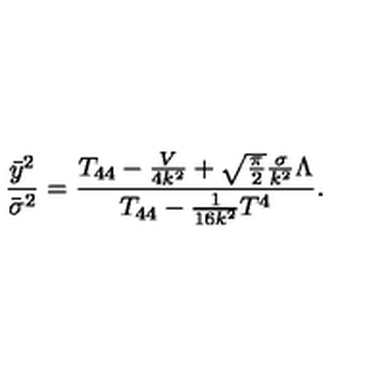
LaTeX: \frac { { \bar { y } } ^ { 2 } } { { \bar { \sigma } } ^ { 2 } } = \frac { T _ { 4 4 } - \frac { V } { 4 k ^ { 2 } } + \sqrt { \frac { \pi } { 2 } } \frac { \sigma } { k ^ { 2 } } \Lambda } { T _ { 4 4 } - \frac { 1 } { 1 6 k ^ { 2 } } T ^ { 4 } } .